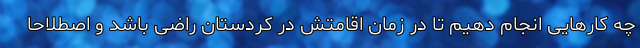
چه کارهایی انجام دهیم تا در زمان اقامتش در کردستان راضی باشد و اصطلاحا